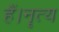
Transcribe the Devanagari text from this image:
हैं।नॄत्य